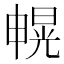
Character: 𰣐